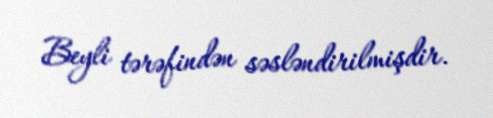
Beyli tərəfindən səsləndirilmişdir.